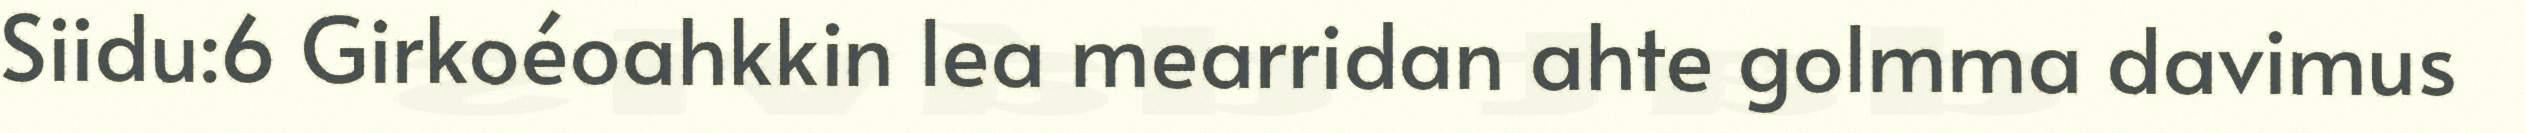
Siidu:6 Girkoéoahkkin lea mearridan ahte golmma davimus